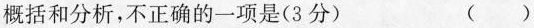
概括和分析，不正确的一项是（3分）（）